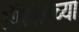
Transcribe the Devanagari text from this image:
ऑरवेलच्या